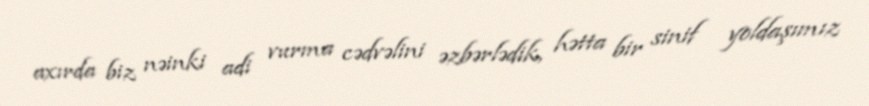
axırda biz nəinki adi vurma cədvəlini əzbərlədik, hətta bir sinif yoldaşımız